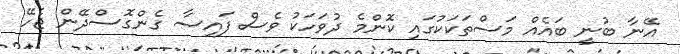
އޭނާ ބުނީ ބައެއް މަސްތަކަކުގައި ކޮންމެ ދުވަހަކު ވެސް ފައިސާ ގެންގޮސްދޭން ޖެހޭ